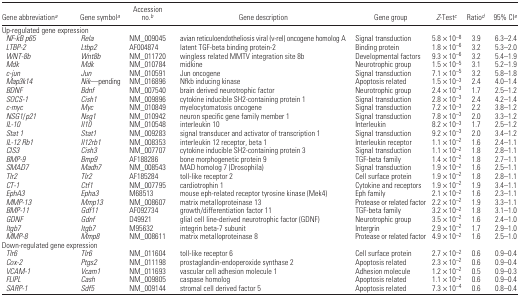
<table><thead><tr><td><b>Gene abbreviationa</b></td><td><b>Gene symbola</b></td><td><b>Accession no.b</b></td><td><b>Gene description</b></td><td><b>Gene group</b></td><td><b><i>Z</i>-Testc</b></td><td><b>Ratiod</b></td><td><b>95% CIe</b></td></tr></thead><tbody><tr><td colspan="8">Up-regulated gene expression</td></tr><tr><td> <i>NF-kB p65</i></td><td><i>Rela</i></td><td>NM_009045</td><td>avian reticuloendotheliosis viral (v-rel) oncogene homolog A</td><td>Signal transduction</td><td>5.8 × 10<sup>–8</sup></td><td>3.9</td><td>6.3–2.4</td></tr><tr><td> <i>LTBP-2</i></td><td><i>Ltbp2</i></td><td>AF004874</td><td>latent TGF-beta binding protein-2</td><td>Binding protein</td><td>1.8 × 10<sup>–6</sup></td><td>3.2</td><td>5.3–2.0</td></tr><tr><td> <i>WNT-8b</i></td><td><i>Wnt8b</i></td><td>NM_011720</td><td>wingless related MMTV integration site 8b</td><td>Developmental factors</td><td>9.3 × 10<sup>–6</sup></td><td>3.2</td><td>5.4–1.9</td></tr><tr><td> <i>Mdk</i></td><td><i>Mdk</i></td><td>NM_010784</td><td>midkine</td><td>Neurotrophic group</td><td>1.5 × 10<sup>–5</sup></td><td>3.1</td><td>5.2–1.9</td></tr><tr><td> <i>c-jun</i></td><td><i>Jun</i></td><td>NM_010591</td><td>Jun oncogene</td><td>Signal transduction</td><td>7.1 × 10<sup>–5</sup></td><td>3.2</td><td>5.8–1.8</td></tr><tr><td> <i>Map3k14</i></td><td><i>Nik</i>—pending</td><td>NM_016896</td><td>Nfkb inducing kinase</td><td>Apoptosis related</td><td>1.5 × 10<sup>–3</sup></td><td>2.4</td><td>4.0–1.4</td></tr><tr><td> <i>BDNF</i></td><td><i>Bdnf</i></td><td>NM_007540</td><td>brain derived neurotrophic factor</td><td>Neurotrophic group</td><td>2.4 × 10<sup>–3</sup></td><td>1.7</td><td>2.5–1.2</td></tr><tr><td> <i>SOCS-1</i></td><td><i>Cish1</i></td><td>NM_009896</td><td>cytokine inducible SH2-containing protein 1</td><td>Signal transduction</td><td>2.8 × 10<sup>–3</sup></td><td>2.4</td><td>4.2–1.4</td></tr><tr><td> <i>c-myc</i></td><td><i>Myc</i></td><td>NM_010849</td><td>myelocytomatosis oncogene</td><td>Signal transduction</td><td>7.2 × 10<sup>–3</sup></td><td>2.2</td><td>3.8–1.2</td></tr><tr><td> <i>NSG1</i>/<i>p21</i></td><td><i>Nsg1</i></td><td>NM_010942</td><td>neuron specific gene family member 1</td><td>Signal transduction</td><td>7.8 × 10<sup>–3</sup></td><td>2.0</td><td>3.3–1.2</td></tr><tr><td> <i>IL-10</i></td><td><i>Il10</i></td><td>NM_010548</td><td>interleukin 10</td><td>Interleukin</td><td>8.2 × 10<sup>–3</sup></td><td>1.7</td><td>2.5–1.2</td></tr><tr><td> <i>Stat 1</i></td><td><i>Stat1</i></td><td>NM_009283</td><td>signal transducer and activator of transcription 1</td><td>Signal transduction</td><td>9.2 × 10<sup>–3</sup></td><td>2.0</td><td>3.4–1.2</td></tr><tr><td> <i>IL-12 Rb1</i></td><td><i>Il12rb1</i></td><td>NM_008353</td><td>interleukin 12 receptor, beta 1</td><td>Interleukin receptor</td><td>1.1 × 10<sup>–2</sup></td><td>1.6</td><td>2.4–1.1</td></tr><tr><td> <i>CIS3</i></td><td><i>Cish3</i></td><td>NM_007707</td><td>cytokine inducible SH2-containing protein 3</td><td>Signal transduction</td><td>1.1 × 10<sup>–2</sup></td><td>1.8</td><td>2.8–1.1</td></tr><tr><td> <i>BMP-9</i></td><td><i>Bmp9</i></td><td>AF188286</td><td>bone morphogenetic protein 9</td><td>TGF-beta family</td><td>1.4 × 10<sup>–2</sup></td><td>1.8</td><td>2.7–1.1</td></tr><tr><td> <i>SMAD7</i></td><td><i>Madh7</i></td><td>NM_008543</td><td>MAD homolog 7 (Drosophila)</td><td>Signal transduction</td><td>1.9 × 10<sup>–2</sup></td><td>1.6</td><td>2.5–1.1</td></tr><tr><td> <i>Tlr2</i></td><td><i>Tlr2</i></td><td>AF185284</td><td>toll-like receptor 2</td><td>Cell surface protein</td><td>1.9 × 10<sup>–2</sup></td><td>1.8</td><td>2.8–1.1</td></tr><tr><td> <i>CT-1</i></td><td><i>Ctf1</i></td><td>NM_007795</td><td>cardiotrophin 1</td><td>Cytokine and receptors</td><td>1.9 × 10<sup>–2</sup></td><td>1.9</td><td>3.4–1.1</td></tr><tr><td> <i>EphA3</i></td><td><i>Epha3</i></td><td>M68513</td><td>mouse eph-related receptor tyrosine kinase (Mek4)</td><td>Eph family</td><td>2.1 × 10<sup>–2</sup></td><td>1.6</td><td>2.3–1.1</td></tr><tr><td> <i>MMP-13</i></td><td><i>Mmp13</i></td><td>NM_008607</td><td>matrix metalloproteinase 13</td><td>Protease or related factor</td><td>2.2 × 10<sup>–2</sup></td><td>1.9</td><td>3.3–1.1</td></tr><tr><td> <i>BMP-11</i></td><td><i>Gdf11</i></td><td>AF092734</td><td>growth/differentiation factor 11</td><td>TGF-beta family</td><td>3.2 × 10<sup>–2</sup></td><td>1.8</td><td>3.1–1.0</td></tr><tr><td> <i>GDNF</i></td><td><i>Gdnf</i></td><td>D49921</td><td>glial cell line-derived neurotrophic factor (GDNF)</td><td>Neurotrophic group</td><td>3.5 × 10<sup>–2</sup></td><td>1.6</td><td>2.4–1.0</td></tr><tr><td> <i>Itgb7</i></td><td><i>Itgb7</i></td><td>M95632</td><td>integrin beta-7 subunit</td><td>Intergrin</td><td>2.9 × 10<sup>–2</sup></td><td>1.7</td><td>2.9–1.0</td></tr><tr><td> <i>MMP-8</i></td><td><i>Mmp8</i></td><td>NM_008611</td><td>matrix metalloproteinase 8</td><td>Protease or related factor</td><td>4.9 × 10<sup>–2</sup></td><td>1.6</td><td>2.5–1.0</td></tr><tr><td colspan="8">Down-regulated gene expression</td></tr><tr><td> <i>Tlr6</i></td><td><i>Tlr6</i></td><td>NM_011604</td><td>toll-like receptor 6</td><td>Cell surface protein</td><td>2.7 × 10<sup>–2</sup></td><td>0.6</td><td>0.9–0.4</td></tr><tr><td> <i>Cox-2</i></td><td><i>Ptgs2</i></td><td>NM_011198</td><td>prostaglandin-endoperoxide synthase 2</td><td>Apoptosis related</td><td>2.3 × 10<sup>–2</sup></td><td>0.6</td><td>0.9–0.4</td></tr><tr><td> <i>VCAM-1</i></td><td><i>Vcam1</i></td><td>NM_011693</td><td>vascular cell adhesion molecule 1</td><td>Adhesion molecule</td><td>1.2 × 10<sup>–2</sup></td><td>0.5</td><td>0.9–0.3</td></tr><tr><td> <i>FLIPL</i></td><td><i>Cash</i></td><td>NM_009805</td><td>caspase homolog</td><td>Apoptosis related</td><td>1.1 × 10<sup>–2</sup></td><td>0.6</td><td>0.9–0.4</td></tr><tr><td> <i>SARP-1</i></td><td><i>Sdf5</i></td><td>NM_009144</td><td>stromal cell derived factor 5</td><td>Apoptosis related</td><td>7.3 × 10<sup>–4</sup></td><td>0.6</td><td>0.8–0.4</td></tr></tbody></table>